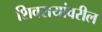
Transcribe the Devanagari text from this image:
शिवरायांवरील